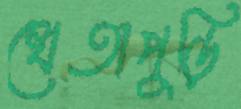
খেতাপুড়ি